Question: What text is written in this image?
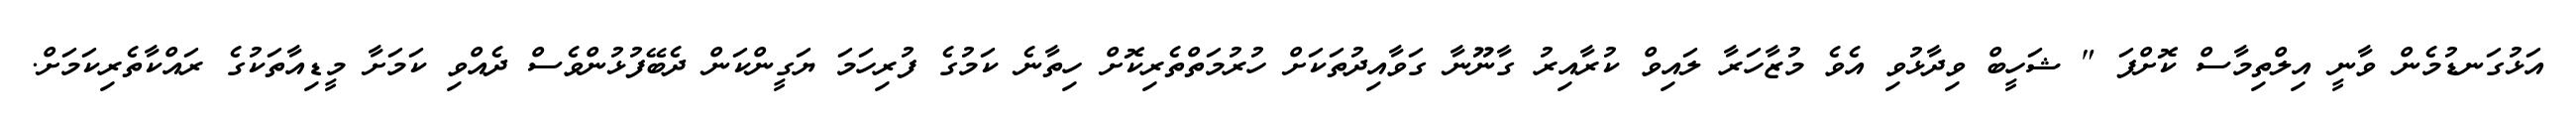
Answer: އަޅުގަނޑުމެން ވާނީ އިލްތިމާސް ކޮށްފަ " ޝަހީބް ވިދާޅުވި އެވެ މުޒާހަރާ ލައިވް ކުރާއިރު ގާނޫނާ ގަވާއިދުތަކަށް ހުރުމަތްތެރިކޮށް ހިތާނެ ކަމުގެ ފުރިހަމަ ޔަގީންކަން ދެބޭފުޅުންވެސް ދެއްވި ކަމަށާ މީޑިއާތަކުގެ ރައްކާތެރިކަމަށް.